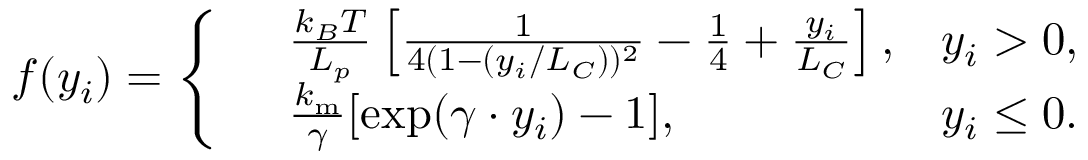
f ( y _ { i } ) = \left\{ \begin{array} { r l r } & { \frac { k _ { B } T } { L _ { p } } \left[ \frac { 1 } { 4 ( 1 - ( y _ { i } / L _ { C } ) ) ^ { 2 } } - \frac { 1 } { 4 } + \frac { y _ { i } } { L _ { C } } \right] , } & { y _ { i } > 0 , } \\ & { \frac { k _ { \mathrm { m } } } { \gamma } [ \exp ( \gamma \cdot y _ { i } ) - 1 ] , } & { y _ { i } \le 0 . } \end{array} \right.